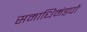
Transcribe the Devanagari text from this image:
समाधिमंडपों